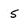
Character: S